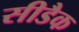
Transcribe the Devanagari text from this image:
सीडैक